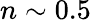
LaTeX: n\sim 0.5